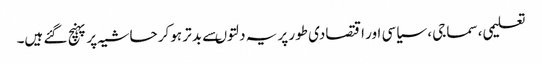
تعلیمی، سماجی ، سیاسی اور اقتصادی طور پر یہ دلتوںسے بد تر ہوکر حاشیہ پر پہنچ گئے ہیں۔